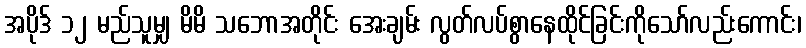
အပိုဒ် ၁၂ မည်သူမျှ မိမိ သဘောအတိုင်း အေးချမ်း လွတ်လပ်စွာနေထိုင်ခြင်းကိုသော်လည်းကောင်း၊